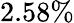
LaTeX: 2.58\%